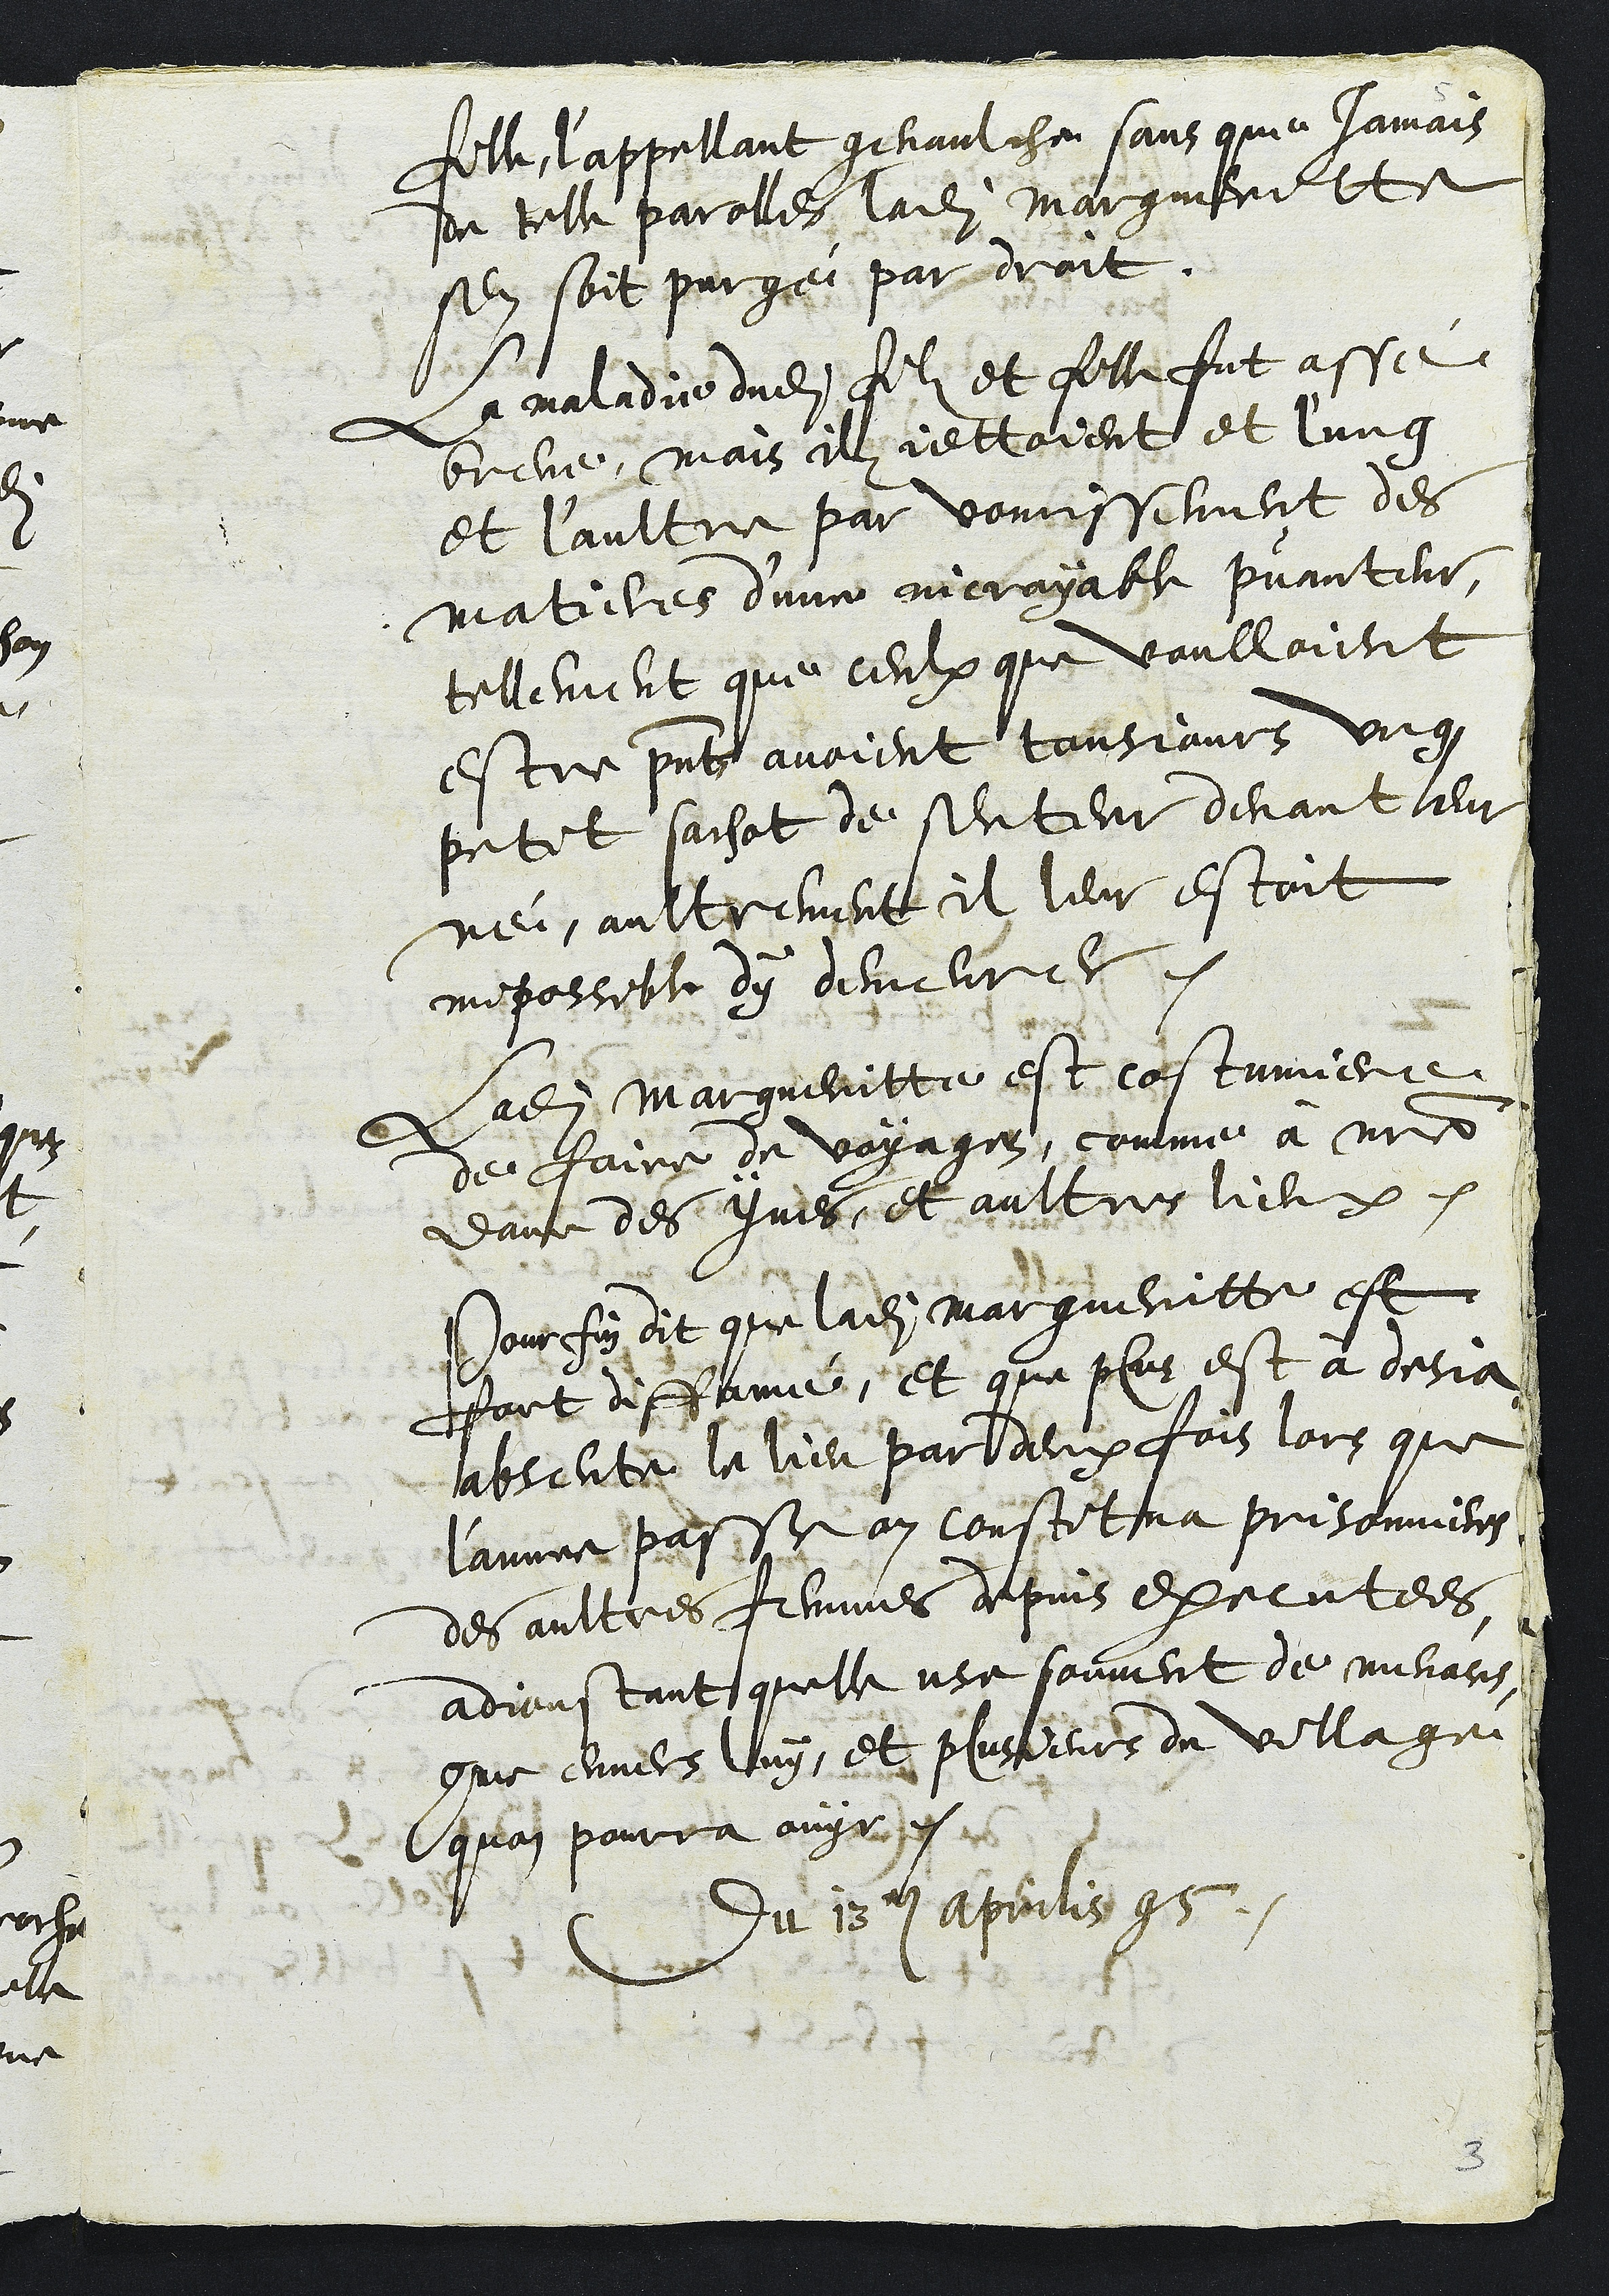
fille, l'appellant genaulche sans que Jamais
de telle parolles ladite Margueritte
sen soit purgé par droit.
La maladie dudit filz et fille fut assé
breve, mais ilz jettoient et l'ung
et l'aultre par vomissement des
matieres d’une incroyable puanteur,
tellement que ceulx que voulloient
estre presents avoient tousjours ung
petit sachat de senteur devant leur
nei aultrement il leur estoit
impossible dy demeurer
Ladite Margueritte est costumiere
de faire de voyages, comme a notre
dame des Ynes et aultres lieux.
Pour fin dit que ladite Margueritte est
fort diffamé, Et que plus est à desja
absente le lieu par deux fois lors que
l'annee passe on constitua prisonniere
des aultres femmes depuis executees,
adjoustant quelle use souvent de menaces
comme envers luy et plusieurs du village
quon pourra ouyr.
Du 13e aprilis 95